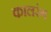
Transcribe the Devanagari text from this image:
कालरंग